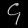
Digit: ၄